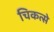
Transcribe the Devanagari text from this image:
चिकत्से